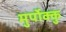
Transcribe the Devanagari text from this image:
मुर्पोक्कु